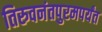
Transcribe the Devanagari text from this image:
तिरुवनंतपुरमपर्यंत